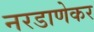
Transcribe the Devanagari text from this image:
नरडाणेकर